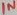
Text: IN